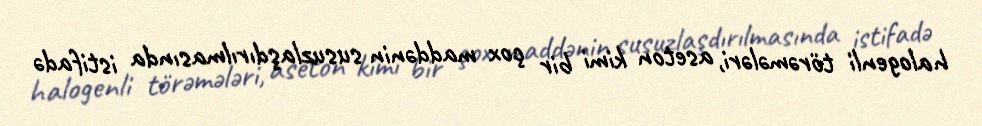
halogenli törəmələri, aseton kimi bir çox maddənin susuzlaşdırılmasında istifadə